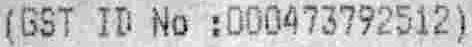
(GST ID NO :000473792512)